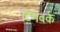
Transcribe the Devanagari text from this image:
टिमवर्क